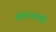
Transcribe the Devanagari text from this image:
प्रवाळांची